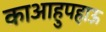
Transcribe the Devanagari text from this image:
काआहुपहाऊ